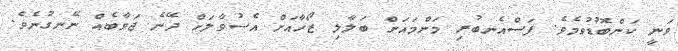
ވަނީ ކަންބޮޑުވުމެވެ. ފަސްއެނބުރި މަންމައަށް ބަލާލި ޒޯހާއަށް އެސުވާލަށް ދޭނެ ޖަވާބެއް ނޭނގުނެވެ.